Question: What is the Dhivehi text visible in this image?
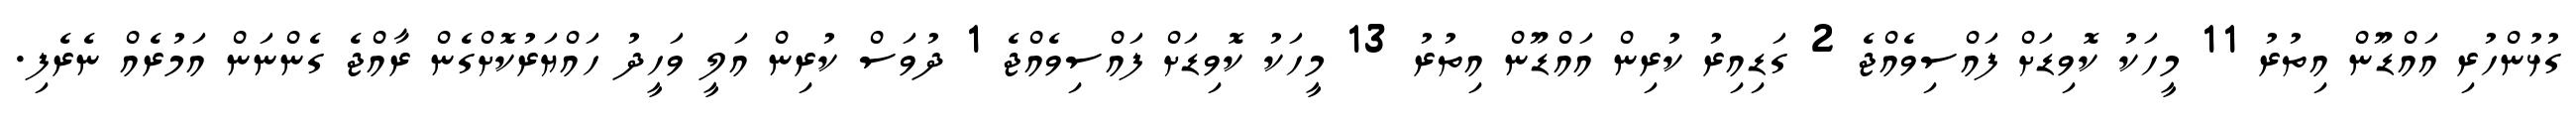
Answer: ގުޅުންހުރި އައްޑޫން އިތުރު 11 މީހަކު ކޮވިޑަށް ފައްސިވެއްޖެ 2 ގަޑިއިރު ކުރިން އައްޑޫން އިތުރު 13 މީހަކު ކޮވިޑަށް ފައްސިވެއްޖެ 1 ދުވަސް ކުރިން އަލީ ވަހީދު ހައްޔަރުކޮށްގެން ރާއްޖެ ގެންނަން އަމުރެއް ނެރެފި.